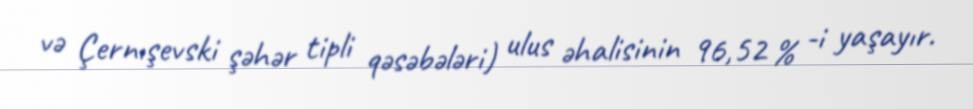
və Çernışevski şəhər tipli qəsəbələri) ulus əhalisinin 96,52 % -i yaşayır.